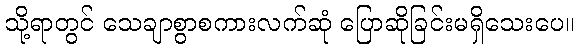
သို့ရာတွင် သေချာစွာစကားလက်ဆုံ ပြောဆိုခြင်းမရှိသေးပေ။